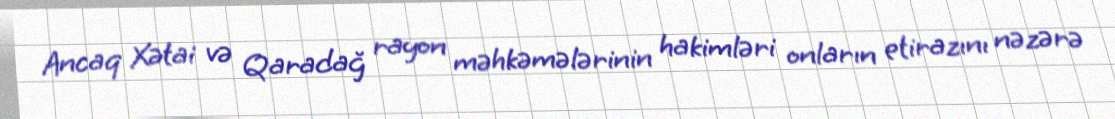
Ancaq Xətai və Qaradağ rayon məhkəmələrinin hakimləri onların etirazını nəzərə